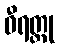
ဝီရတ္ထု